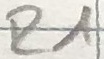
Text: R1